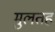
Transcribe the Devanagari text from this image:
मुलतह